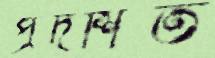
প্রদর্শিত